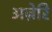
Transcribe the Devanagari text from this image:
अज़ेरि